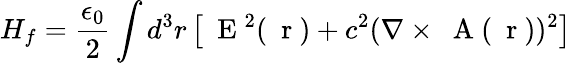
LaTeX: H_{f}=\frac{\epsilon_{0}}{2}\int d^{3}r\left[\mathrm{~\mathbf~E~}^{2}(\mathrm{~\mathbf~r~})+c^{2}(\nabla\times\mathrm{~\mathbf~A~}(\mathrm{~\mathbf~r~}))^{2}\right]